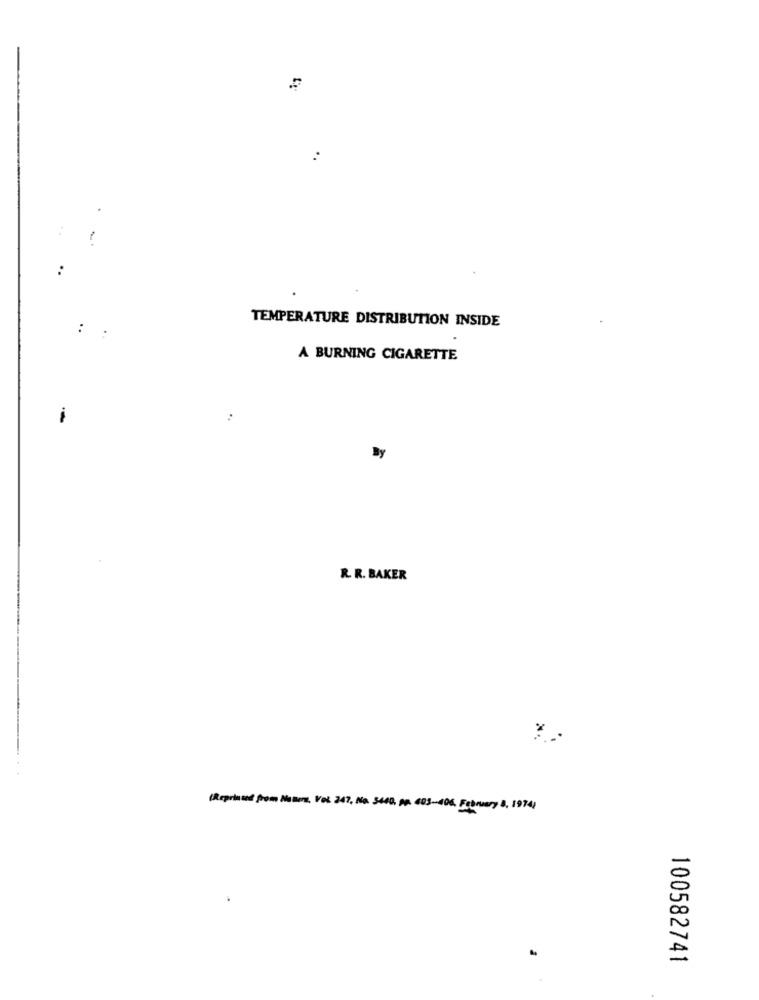
:
TEMPERATURE DISTRIBUTION INSIDE
A BURNING CIGARETTE
-
By
R. R. BAKER
(Reprised from Natur, Vol 247, No. 5400, pp. 403-406. February 8, 19741
100582741